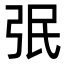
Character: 㢯